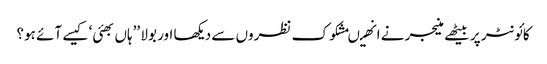
کائونٹر پر بیٹھے منیجر نے انھیںمشکوک نظروں سے دیکھا اور بولا ’’ہاں بھئی‘ کیسے آئے ہو؟